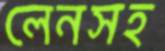
লেনসহ